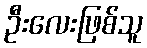
ဦးလေးဖြစ်သူ